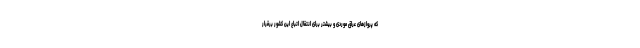
که پروازهای عراق موردی و بیشتر برای انتقال اتباع این کشور برقرار